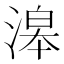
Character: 滜